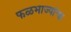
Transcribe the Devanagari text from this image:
फळभाज्यांचा